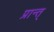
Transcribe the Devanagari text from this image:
प्रान्त्